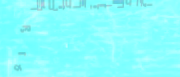
أجمل التصاميم والألوان في